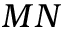
M N